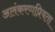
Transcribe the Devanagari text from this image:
अलंकरणप्रियता